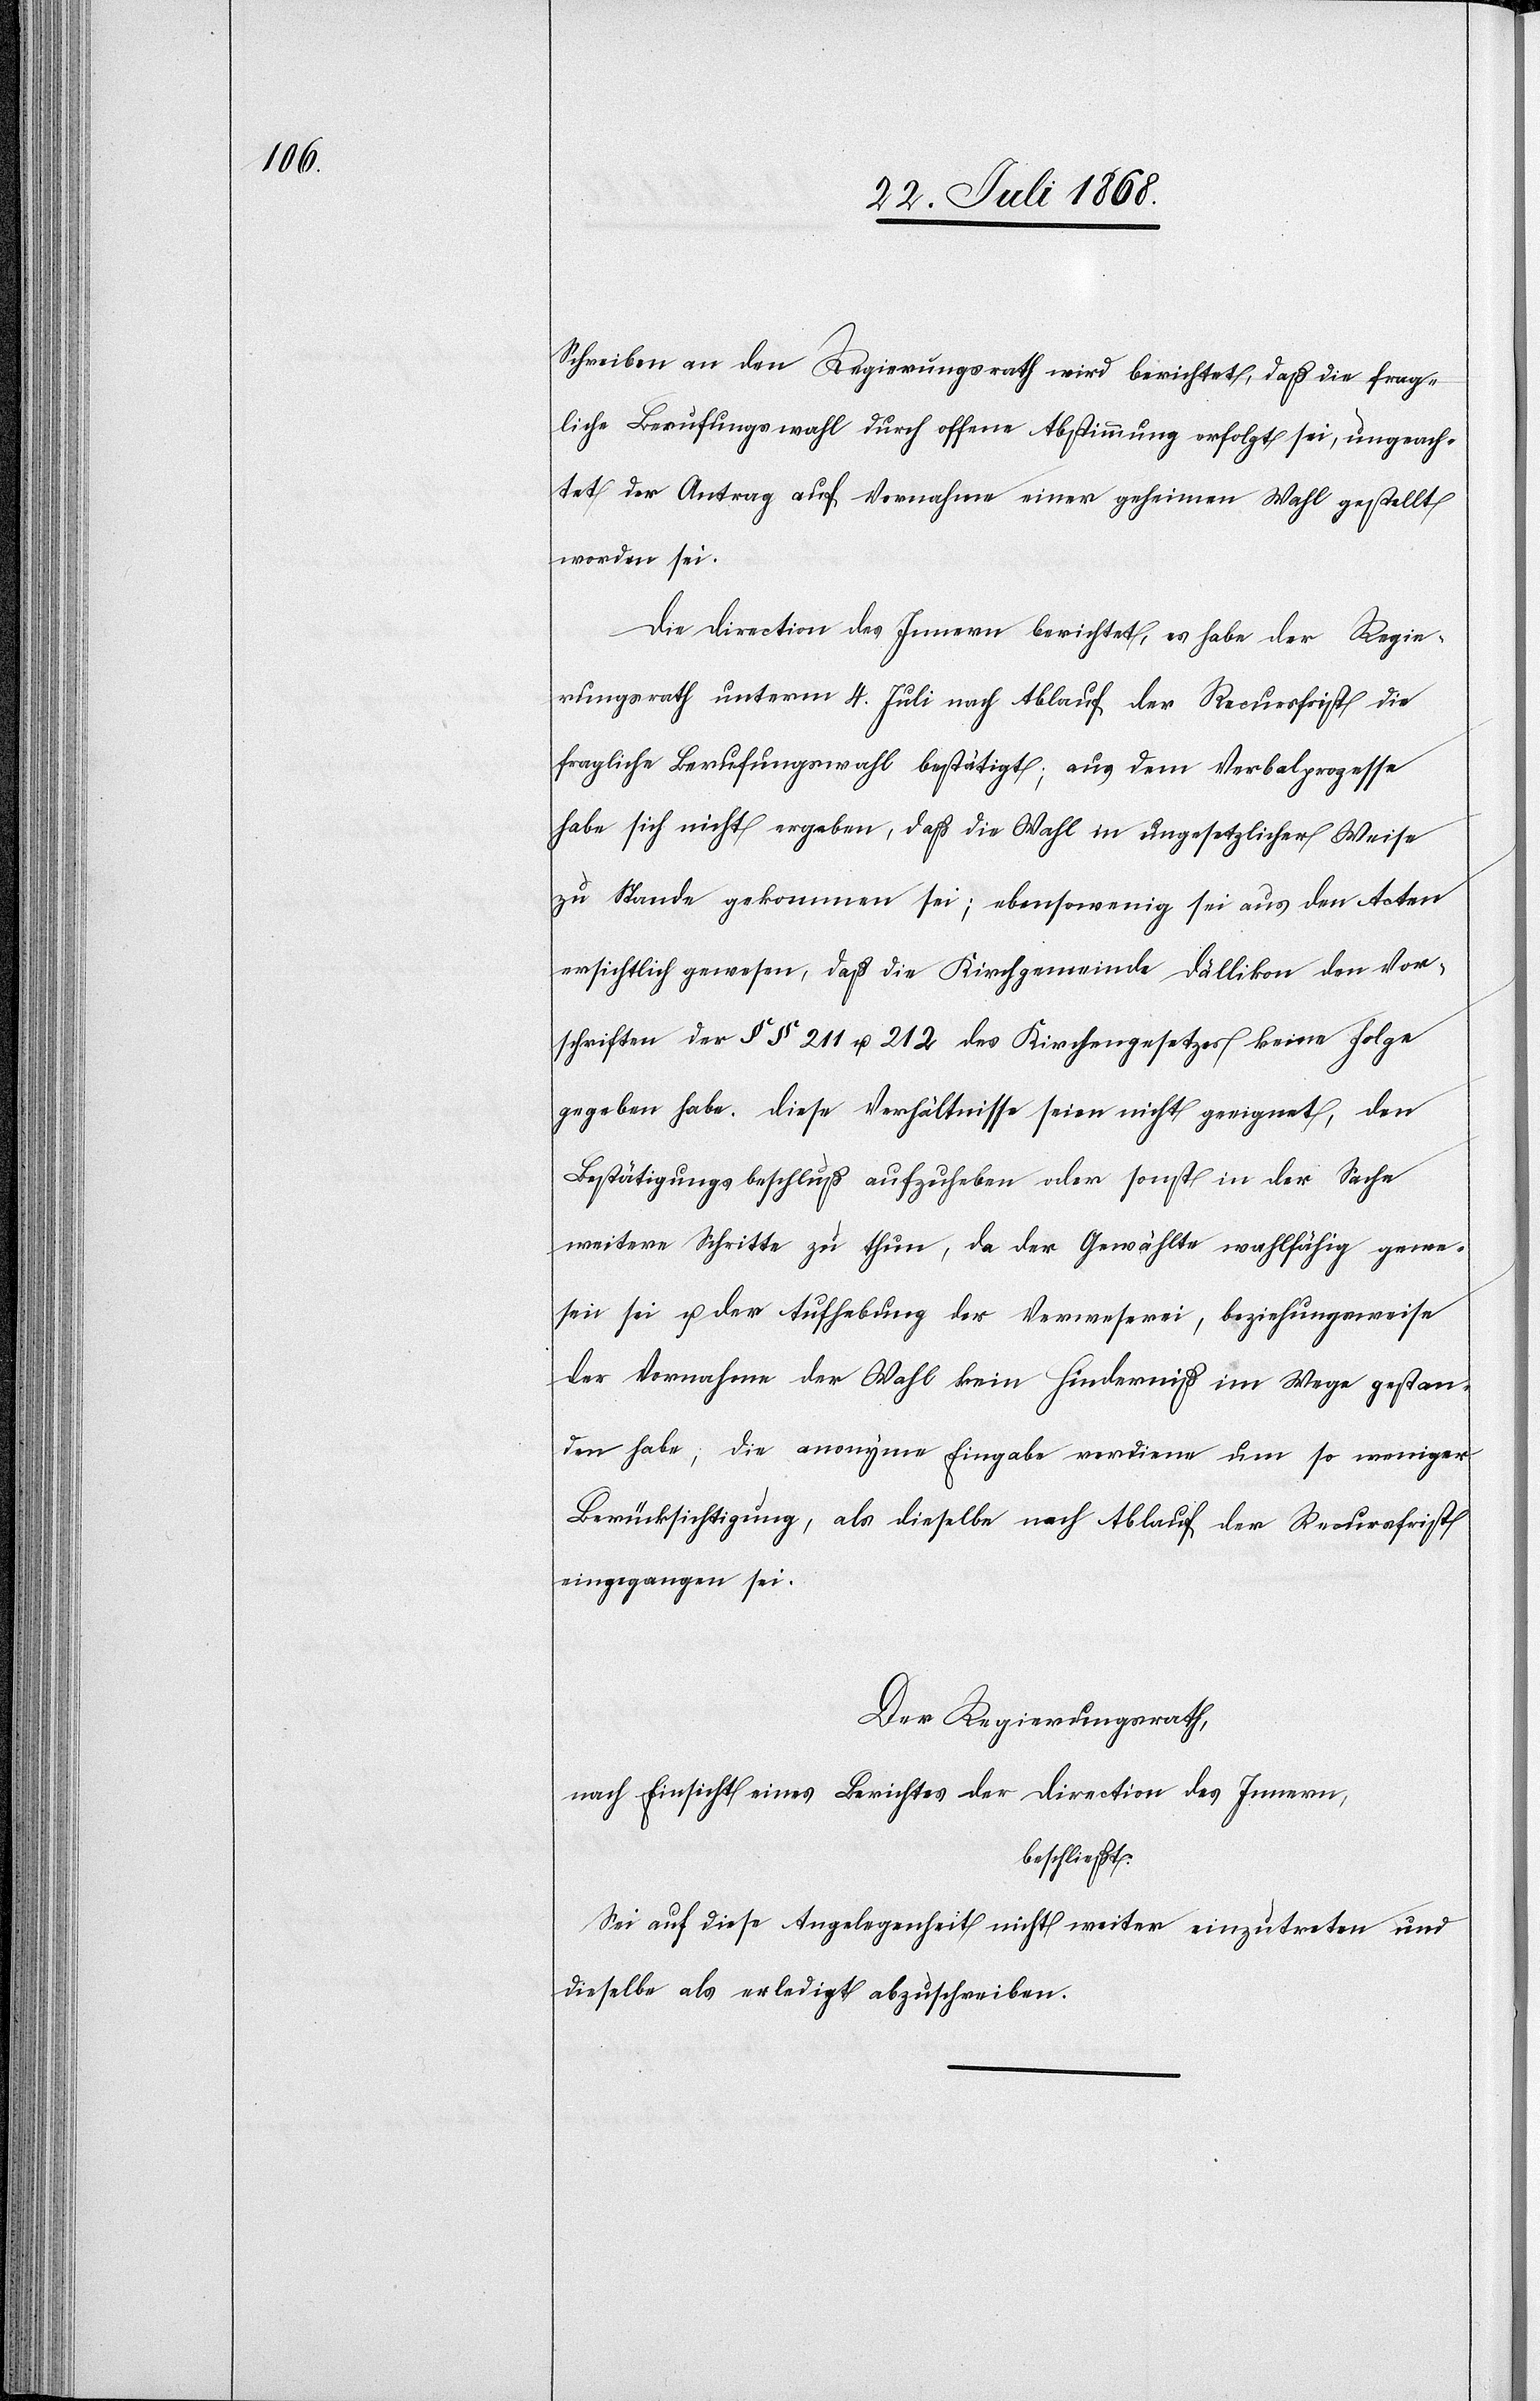
Schreiben an den Regierungsrath wird berichtet, daß die frag¬
liche Berufungswahl durch offene Abstimmung erfolgt sei, ungeach¬
tet der Antrag auf Vornahme einer geheimen Wahl gestellt
worden sei.
Die Direction des Innern berichtet, es habe der Regie¬
rungsrath unterm 4. Juli nach Ablauf der Recursfrist die
fragliche Berufungswahl bestätigt; aus dem Verbalprozesse
habe sich nicht ergeben, daß die Wahl in ungesetzlicher Weise
zu Stande gekommen sei; ebensowenig sei aus den Acten
ersichtlich gewesen, daß die Kirchgemeinde Dällikon den Vor¬
schriften der §§ 211 u. 212 des Kirchengesetzes keine Folge
gegeben habe. Diese Verhältnisse seien nicht geeignet, den
Bestätigungsbeschluß aufzuheben oder sonst in der Sache
weitere Schritte zu thun, da der Gewählte wahlfähig gewe¬
sen sei u. der Aufhebung der Verweserei, beziehungsweise
der Vornahme der Wahl kein Hinderniß im Wege gestan¬
den habe; die anonyme Eingabe verdiene um so weniger
Berücksichtigung, als dieselbe nach Ablauf der Recursfrist
eingegangen sei.
Der Regierungsrath,
nach Einsicht eines Berichtes der Direction des Innern,
beschließt:
Sei auf diese Angelegenheit nicht weiter einzutreten und
dieselbe als erledigt abzuschreiben.